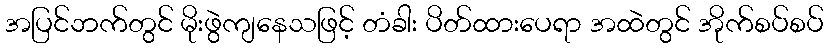
အပြင်ဘက်တွင် မိုးဖွဲကျနေသဖြင့် တံခါး ပိတ်ထားပေရာ အထဲတွင် အိုက်စပ်စပ်